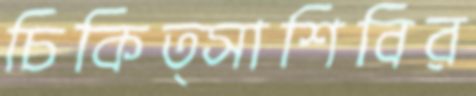
চিকিত্সাশিবির